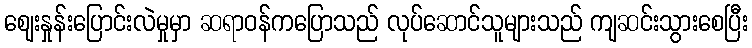
ဈေးနှုန်းပြောင်းလဲမှုမှာ ဆရာဝန်ကပြောသည် လုပ်ဆောင်သူများသည် ကျဆင်းသွားစေပြီး